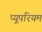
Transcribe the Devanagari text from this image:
प्यूपरियम